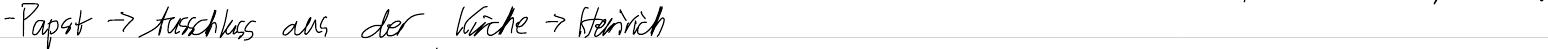
- Papst -> Ausschluss aus der Kirche -> Heinrich